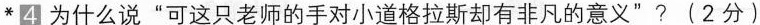
*4为什么说”可这只老师的手对小道格拉斯却有非凡的意义”?(2分)